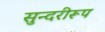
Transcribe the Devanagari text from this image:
सुन्दरीरूप